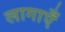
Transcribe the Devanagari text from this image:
लागाएँ